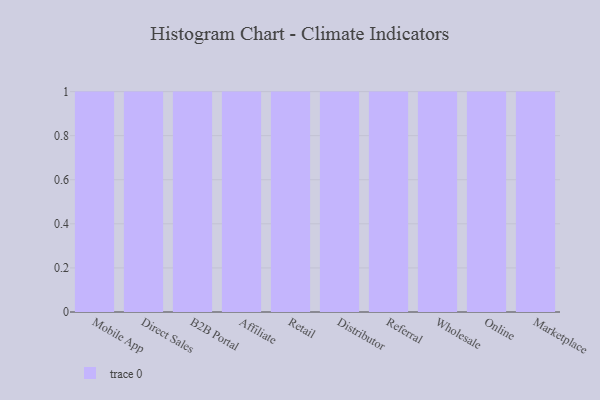
{"axis": {"x": "Channel", "y": "Tickets Resolved"}, "legend": [""], "data": [{"x": "Mobile App", "y": 2, "type": ""}, {"x": "Direct Sales", "y": 50, "type": ""}, {"x": "B2B Portal", "y": 26, "type": ""}, {"x": "Affiliate", "y": 12, "type": ""}, {"x": "Retail", "y": 88, "type": ""}, {"x": "Distributor", "y": 17, "type": ""}, {"x": "Referral", "y": 3, "type": ""}, {"x": "Wholesale", "y": 13, "type": ""}, {"x": "Online", "y": 2, "type": ""}, {"x": "Marketplace", "y": 83, "type": ""}]}